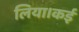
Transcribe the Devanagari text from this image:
लिया।कई